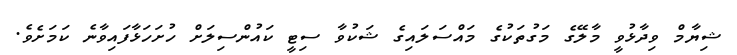
ޝިޔާމް ވިދާޅުވީ މާލޭގެ މަގުތަކުގެ މައްސަލައިގެ ޝަކުވާ ސިޓީ ކައުންސިލަށް ހުށަހަޅާފައިވާނެ ކަމަށެވެ.